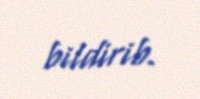
bildirib.